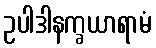
ဥပါဒါနက္ခယာရာမံ